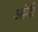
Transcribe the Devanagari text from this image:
आंदी